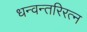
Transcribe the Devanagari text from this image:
धन्वन्तरिरत्न